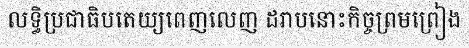
លទ្ធិប្រជាធិបតេយ្យពេញលេញ ដរាបនោះកិច្ចព្រមព្រៀង